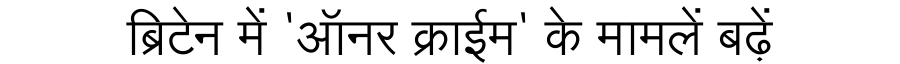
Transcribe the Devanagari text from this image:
ब्रिटेन में 'ऑनर क्राईम' के मामलें बढ़ें